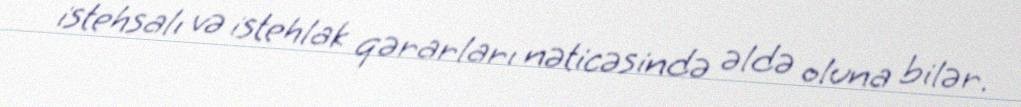
istehsalı və istehlak qərarları nəticəsində əldə oluna bilər.